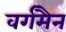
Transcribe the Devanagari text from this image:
वर्गमैन